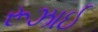
રૂઝાઈ